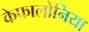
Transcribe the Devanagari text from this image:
केफालोनिया